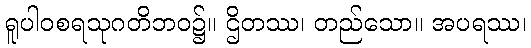
ရူပါဝစရသုဂတိဘဝ၌။ ဌိတဿ၊ တည်သော။ အပရဿ၊